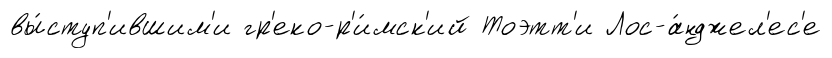
вы́ступ'ившим'и гр'еко-р'и́мск'ий Тоэтт'и Лос-а́нджел'ес'е